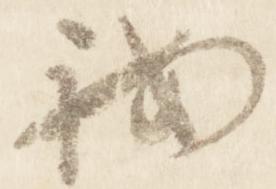
我